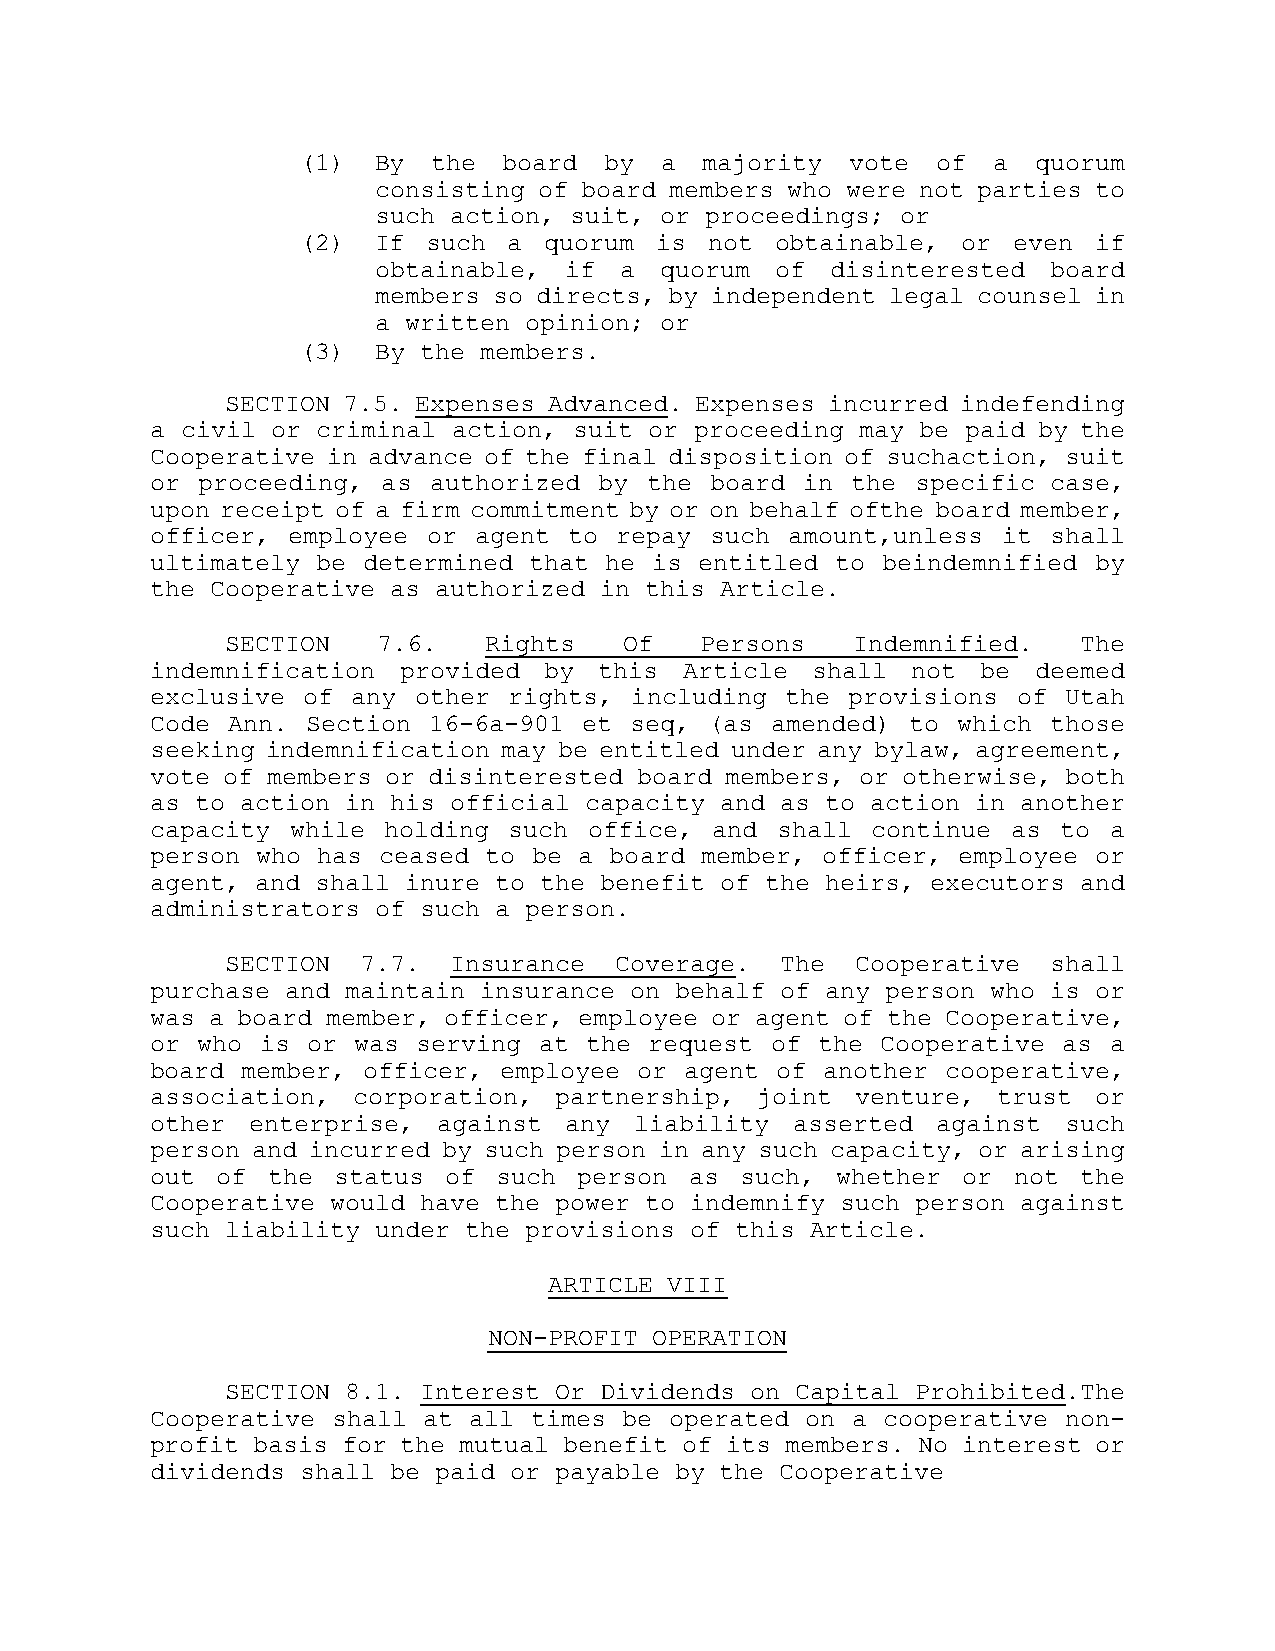
(1)  By  the board  by  a  majority vote  of  a  quorum
 consisting of board members who were not parties to
 such action, suit, or proceedings; or
 (2)  If such  a quorum is  not obtainable,  or even  if
 obtainable, if  a  quorum of  disinterested  board
 members so directs, by independent legal counsel in
 a written opinion; or
 (3)  By the members.
 SECTION 7.5. Expenses Advanced. Expenses incurred in defending
 a civil or criminal action, suit or proceeding may be paid by the
 Cooperative in advance of the final disposition of such action, suit
 or proceeding, as authorized  by the board in the  specific case,
 upon receipt of a firm commitment by or on behalf of the board member,
 officer, employee or agent  to repay such amount, unless it shall
 ultimately be determined that he is entitled to be indemnified by
 the Cooperative as authorized in this Article.
 SECTION   7.6.   Rights   Of   Persons   Indemnified.    The
 indemnification provided  by  this Article  shall not  be  deemed
 exclusive of any other  rights, including the provisions of Utah
 Code Ann. Section 16-6a-901  et seq, (as amended) to which  those
 seeking indemnification may be entitled under any bylaw, agreement,
 vote of members or disinterested board members, or otherwise, both
 as to action in his official capacity and as to action in another
 capacity while holding  such office, and shall  continue as to a
 person who has ceased to be a board member, officer, employee or
 agent, and shall inure to the benefit of the heirs, executors and
 administrators of such a person.
 SECTION  7.7.  Insurance  Coverage.  The  Cooperative  shall
 purchase and maintain insurance on behalf of any person who is or
 was a board member, officer, employee or agent of the Cooperative,
 or who is or was  serving at the request of the Cooperative as a
 board member, officer, employee or agent of another  cooperative,
 association, corporation,  partnership, joint  venture, trust or
 other enterprise,  against any  liability asserted  against such
 person and incurred by such person in any such capacity, or arising
 out of  the status of  such person  as such, whether  or not the
 Cooperative would have the power to indemnify such person against
 such liability under the provisions of this Article.
 ARTICLE VIII
 NON-PROFIT OPERATION
 SECTION 8.1. Interest Or Dividends on Capital Prohibited. The
 Cooperative shall at all times be operated on a cooperative  non-
 profit basis for the mutual benefit of its members. No interest or
 dividends shall be paid or payable by the Cooperative